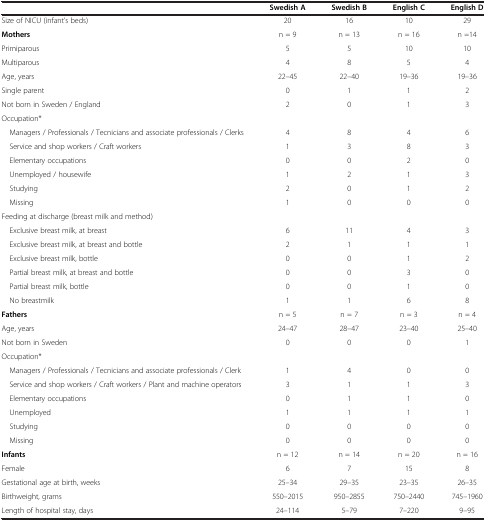
|  | Swedish A | Swedish B | English C | English D |
 | --- | --- | --- | --- | --- |
 | Size of NICU (infant’s beds) | 20 | 16 | 10 | 29 |
 | Mothers | n = 9 | n = 13 | n = 16 | n =14 |
 | Primiparous | 5 | 5 | 10 | 10 |
 | Multiparous | 4 | 8 | 5 | 4 |
 | Age, years | 22–45 | 22–40 | 19–36 | 19–36 |
 | Single parent | 0 | 1 | 1 | 2 |
 | Not born in Sweden / England | 2 | 0 | 1 | 3 |
 | Occupation* |  |  |  |  |
 | Managers / Professionals / Tecnicians and associate professionals / Clerks | 4 | 8 | 4 | 6 |
 | Service and shop workers / Craft workers | 1 | 3 | 8 | 3 |
 | Elementary occupations | 0 | 0 | 2 | 0 |
 | Unemployed / housewife | 1 | 2 | 1 | 3 |
 | Studying | 2 | 0 | 1 | 2 |
 | Missing | 1 | 0 | 0 | 0 |
 | Feeding at discharge (breast milk and method) |  |  |  |  |
 | Exclusive breast milk, at breast | 6 | 11 | 4 | 3 |
 | Exclusive breast milk, at breast and bottle | 2 | 1 | 1 | 1 |
 | Exclusive breast milk, bottle | 0 | 0 | 1 | 2 |
 | Partial breast milk, at breast and bottle | 0 | 0 | 3 | 0 |
 | Partial breast milk, bottle | 0 | 0 | 1 | 0 |
 | No breastmilk | 1 | 1 | 6 | 8 |
 | Fathers | n = 5 | n = 7 | n = 3 | n = 4 |
 | Age, years | 24–47 | 28–47 | 23–40 | 25–40 |
 | Not born in Sweden | 0 | 0 | 0 | 1 |
 | Occupation* |  |  |  |  |
 | Managers / Professionals / Tecnicians and associate professionals / Clerk | 1 | 4 | 0 | 0 |
 | Service and shop workers / Craft workers / Plant and machine operators | 3 | 1 | 1 | 3 |
 | Elementary occupations | 0 | 1 | 1 | 0 |
 | Unemployed | 1 | 1 | 1 | 1 |
 | Studying | 0 | 0 | 0 | 0 |
 | Missing | 0 | 0 | 0 | 0 |
 | Infants | n = 12 | n = 14 | n = 20 | n = 16 |
 | Female | 6 | 7 | 15 | 8 |
 | Gestational age at birth, weeks | 25–34 | 29–35 | 23–35 | 26–35 |
 | Birthweight, grams | 550–2015 | 950–2855 | 750–2440 | 745–1960 |
 | Length of hospital stay, days | 24–114 | 5–79 | 7–220 | 9–95 |